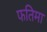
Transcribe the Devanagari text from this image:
फतिमा